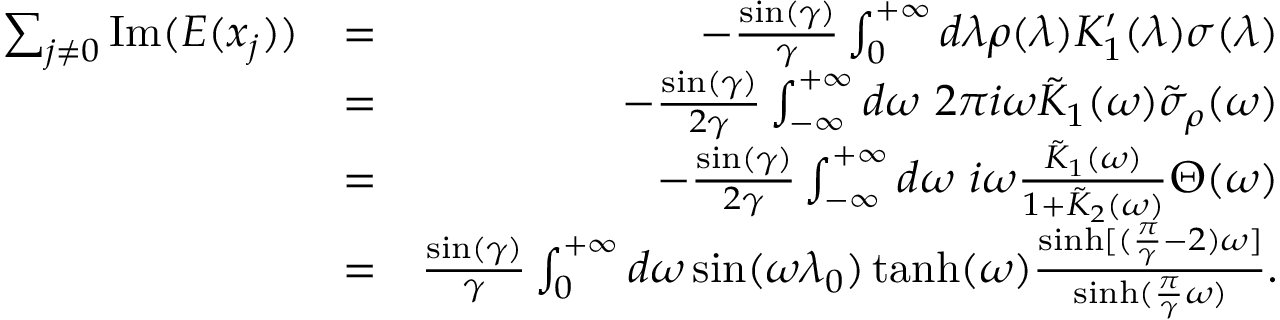
\begin{array} { r l r } { \sum _ { j \neq 0 } \mathrm { I m } ( E ( x _ { j } ) ) } & { = } & { - \frac { \sin ( \gamma ) } { \gamma } \int _ { 0 } ^ { + \infty } d \lambda \rho ( \lambda ) K _ { 1 } ^ { \prime } ( \lambda ) \sigma ( \lambda ) } \\ & { = } & { - \frac { \sin ( \gamma ) } { 2 \gamma } \int _ { - \infty } ^ { + \infty } d \omega \ 2 \pi i \omega \tilde { K } _ { 1 } ( \omega ) \tilde { \sigma } _ { \rho } ( \omega ) } \\ & { = } & { - \frac { \sin ( \gamma ) } { 2 \gamma } \int _ { - \infty } ^ { + \infty } d \omega \ i \omega \frac { \tilde { K } _ { 1 } ( \omega ) } { 1 + \tilde { K } _ { 2 } ( \omega ) } \Theta ( \omega ) } \\ & { = } & { \frac { \sin ( \gamma ) } { \gamma } \int _ { 0 } ^ { + \infty } d \omega \sin ( \omega \lambda _ { 0 } ) \operatorname { t a n h } ( \omega ) \frac { \sinh [ ( \frac { \pi } { \gamma } - 2 ) \omega ] } { \sinh ( \frac { \pi } { \gamma } \omega ) } . } \end{array}